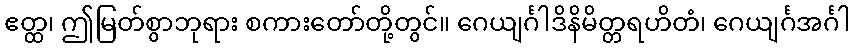
ဧတ္ထ၊ ဤမြတ်စွာဘုရား စကားတော်တို့တွင်။ ဂေယျင်္ဂါဒိနိမိတ္တရဟိတံ၊ ဂေယျင်္ဂအင်္ဂါ